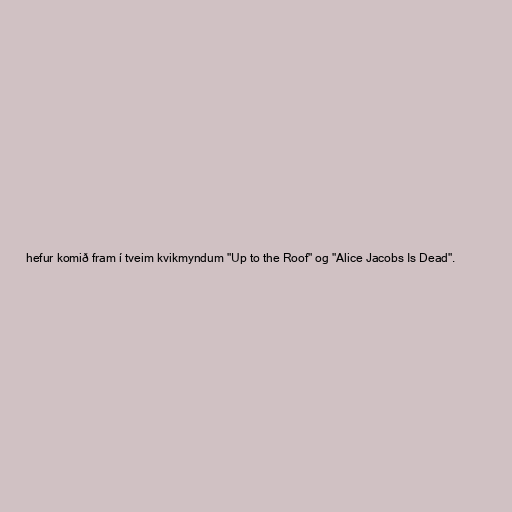
hefur komið fram í tveim kvikmyndum "Up to the Roof" og "Alice Jacobs Is Dead".